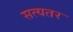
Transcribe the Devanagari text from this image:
सत्यतर